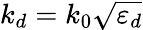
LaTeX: k_{d}=k_{0}\sqrt{\varepsilon_{d}}